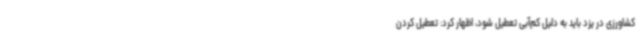
کشاورزی در یزد باید به دلیل کم‌آبی تعطیل شود، اظهار کرد: تعطیل کردن